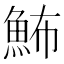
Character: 𩶉